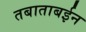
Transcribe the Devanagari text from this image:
तबाताबईन